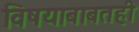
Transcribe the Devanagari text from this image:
विषयाबाबतही